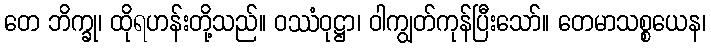
တေ ဘိက္ခု၊ ထိုရဟန်းတို့သည်။ ဝဿံဝုဋ္ဌာ၊ ဝါကျွတ်ကုန်ပြီးသော်။ တေမာသစ္စယေန၊